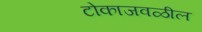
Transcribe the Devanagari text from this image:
टोकाजवळील